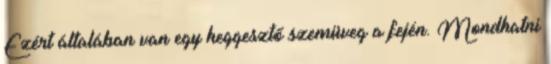
Ezért általában van egy heggesztő szemüveg a fején. Mondhatni